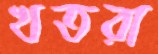
খতরা